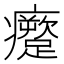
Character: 𱱱